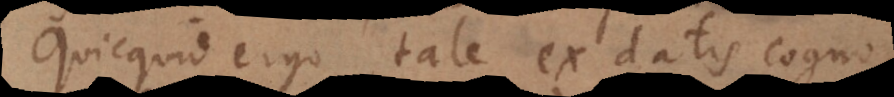
Quicquid ergo tale ex datis cogn